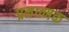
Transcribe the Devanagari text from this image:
प्रमात्मक